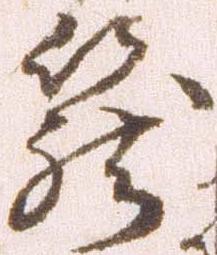
籠